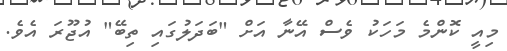
މިއީ ކޮންމެ މަހަކު ވެސް އޭނާ އަށް "ބަދަލުގައި ތިބޭ" އުޖޫރަ އެވެ.